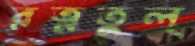
রত্নতুল্